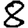
Digit: 8